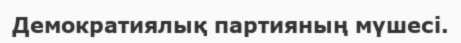
Демократиялық партияның мүшесі.